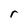
Character: r